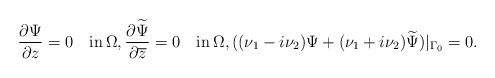
\begin{align*}\frac{\partial\Psi}{\partial z}=0\quad\mbox{in}\,\Omega,\frac{\partial\widetilde \Psi}{\partial\overline z}=0\quad\mbox{in}\,\Omega,((\nu_1-i\nu_2)\Psi+(\nu_1+i\nu_2)\widetilde \Psi)\vert_{\Gamma_0}=0.\end{align*}